Vaccine operations Central Provinces & Berar 1912-1920 - 1912-1920
Year: 1912
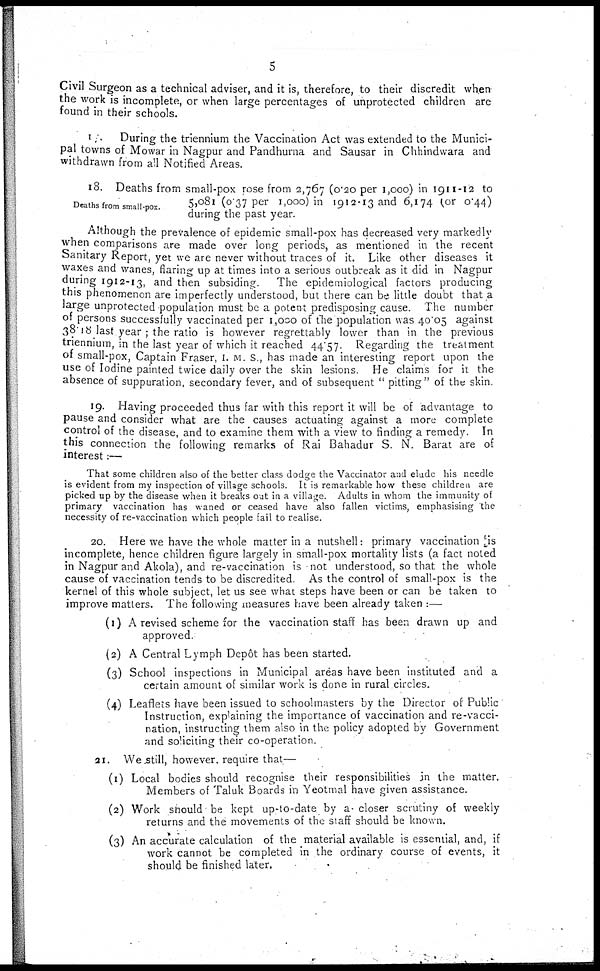
5
Civil Surgeon as a technical adviser, and it is, therefore, to their discredit when
the work is incomplete, or when large percentages of unprotected children are
found in their schools.
I
During the triennium the Vaccination Act was extended to the Munici-
pal towns of Mowar in Nagpur and Pandhurna and Sausar in Chhindwara and
withdrawn from all Notified Areas.
Deaths from small-pox.
18. Deaths from small-pox rose from 2,767 (0.20 per 1,000) in 1911-12 to
5,081 (0.37 per 1,000) in 1912-13 and 6,174 (or 0.44)
during the past year.
Although the prevalence of epidemic small-pox has decreased very markedly
when comparisons are made over long periods, as mentioned in the recent
Sanitary Report, yet we are never without traces of it. Like other diseases it
waxes and wanes, flaring up at times into a serious outbreak as it did in Nagpur
during 1912-13, and then subsiding. The epidemiological factors producing
this phenomenon are imperfectly understood, but there can be little doubt that a
large unprotected population must be a potent predisposing cause. The number
of persons successfully vaccinated per 1,000 of the population was 40.05 against
38.18 last year ; the ratio is however regrettably lower than in the previous
triennium, in the last year of which it reached 44.57. Regarding the treatment
of small-pox, Captain Fraser, I. M. S., has made an interesting report upon the
use of Iodine painted twice daily over the skin lesions. He claims for it the
absence of suppuration, secondary fever, and of subsequent " pitting" of the skin.
19. Having proceeded thus far with this report it will be of advantage to
pause and consider what are the causes actuating against a more complete
control of the disease, and to examine them with a view to finding a remedy. In
this connection the following remarks of Rai Bahadur S. N. Barat are of
interest:—
That some children also of the better class dodge the Vaccinator and elude his needle
is evident from my inspection of village schools. It is remarkable how these children are
picked up by the disease when it breaks out in a village. Adults in whom the immunity of
primary vaccination has waned or ceased have also fallen victims, emphasising the
necessity of re-vaccination which people fail to realise.
20. Here we have the whole matter in a nutshell: primary vaccination is
incomplete, hence children figure largely in small-pox mortality lists (a fact noted
in Nagpur and Akola), and re-vaccination is not understood, so that the whole
cause of vaccination tends to be discredited. As the control of small-pox is the
kernel of this whole subject, let us see what steps have been or can be taken to
improve matters. The following measures have been already taken :—
(1) A revised scheme for the vaccination staff has been drawn up and
approved.
(2) A Central Lymph Depôt has been started.
(3) School inspections in Municipal areas have been instituted and a
certain amount of similar work is done in rural circles.
(4) Leaflets have been issued to schoolmasters by the Director of Public
Instruction, explaining the importance of vaccination and re-vacci-
nation, instructing them also in the policy adopted by Government
and soliciting their co-operation.
21. We still, however, require that—
(1) Local bodies should recognise their responsibilities in the matter.
Members of Taluk Boards in Yeotmal have given assistance.
(2) Work should be kept up-to-date by a closer scrutiny of weekly
returns and the movements of the staff should be known.
(3) An accurate calculation of the material available is essential, and, if
work cannot be completed in the ordinary course of events, it
should be finished later.